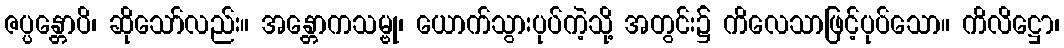
ဇပ္ပန္တောပိ၊ ဆိုသော်လည်း။ အန္တောကသမ္ဗု၊ ယောက်သွားပုပ်ကဲ့သို့ အတွင်း၌ ကိလေသာဖြင့်ပုပ်သော။ ကိလိဋ္ဌော၊